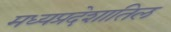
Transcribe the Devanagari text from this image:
मध्यप्रदेशातिल